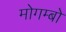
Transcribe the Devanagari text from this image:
मोगम्बो